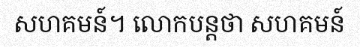
សហគមន៍។ លោកបន្តថា សហគមន៍